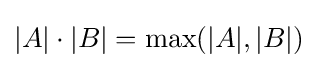
|A|\cdot |B|=\operatorname {max} (|A|,|B|)